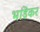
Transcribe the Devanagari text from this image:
भांडॆकर